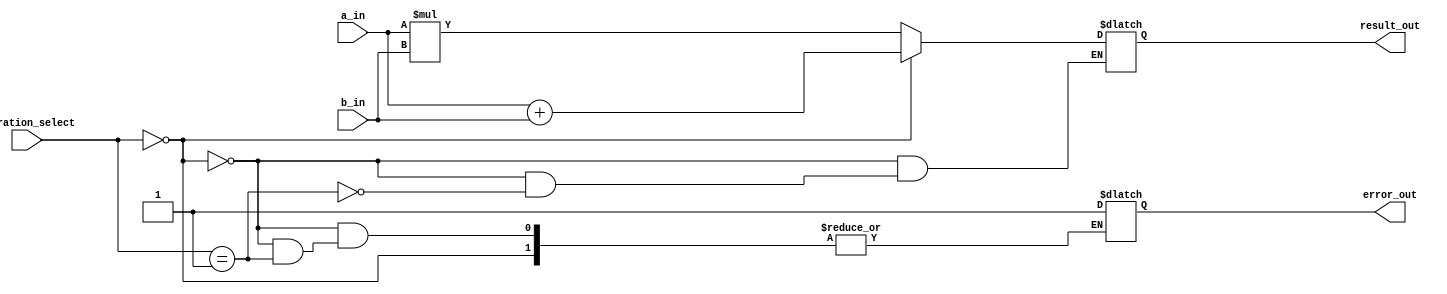
module double_precision_fpu (
    input wire [63:0] a_in,
    input wire [63:0] b_in,
    input wire [1:0] operation_select, // 00 for addition, 01 for multiplication
    output reg [63:0] result_out,
    output reg error_out
);

always @(*) begin
    if(operation_select == 2'b00) begin
        // Addition block
        result_out = a_in + b_in;
    end
    else if(operation_select == 2'b01) begin
        // Multiplication block
        result_out = a_in * b_in;
    end
    else begin
        error_out = 1; // Error condition for invalid operation selection
    end
end

endmodule